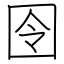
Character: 囹